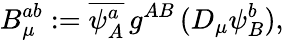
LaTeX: B_{\mu}^{ab}:=\overline{{{\psi_{A}^{a}}}}\, g^{AB}\, (D_{\mu}\psi_{B}^{b}),